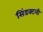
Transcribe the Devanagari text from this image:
सिंडक्टली